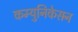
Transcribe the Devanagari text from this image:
कम्युनिकेसन